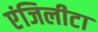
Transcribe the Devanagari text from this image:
एंजिलीटा